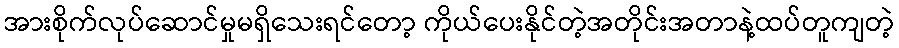
အားစိုက်လုပ်ဆောင်မှုမရှိသေးရင်တော့ ကိုယ်ပေးနိုင်တဲ့အတိုင်းအတာနဲ့ထပ်တူကျတဲ့